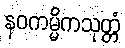
နဝကမ္မိကသုတ္တံ